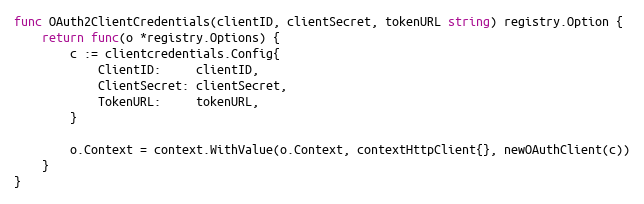
Language: Go
func OAuth2ClientCredentials(clientID, clientSecret, tokenURL string) registry.Option {
	return func(o *registry.Options) {
		c := clientcredentials.Config{
			ClientID:     clientID,
			ClientSecret: clientSecret,
			TokenURL:     tokenURL,
		}

		o.Context = context.WithValue(o.Context, contextHttpClient{}, newOAuthClient(c))
	}
}